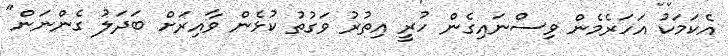
އެކަމަކު އަހަރެމެން ވިސްނައިގެން ހުރީ އިތުރު ވަގުތު ކުޅެން ވާއިރަށް ބަދަލު ގެންނަން"